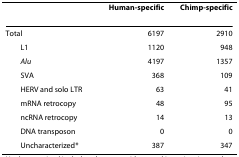
<table><thead><tr><td></td><td><b>Human-specific</b></td><td><b>Chimp-specific</b></td></tr></thead><tbody><tr><td>Total</td><td>6197</td><td>2910</td></tr><tr><td> L1</td><td>1120</td><td>948</td></tr><tr><td> <i>Alu</i></td><td>4197</td><td>1357</td></tr><tr><td> SVA</td><td>368</td><td>109</td></tr><tr><td> HERV and solo LTR</td><td>63</td><td>41</td></tr><tr><td> mRNA retrocopy</td><td>48</td><td>95</td></tr><tr><td> ncRNA retrocopy</td><td>14</td><td>13</td></tr><tr><td> DNA transposon</td><td>0</td><td>0</td></tr><tr><td> Uncharacterized*</td><td>387</td><td>347</td></tr></tbody></table>